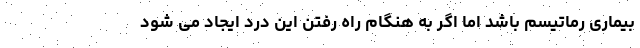
بیماری رماتیسم باشد اما اگر به هنگام راه رفتن این درد ایجاد می شود